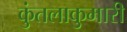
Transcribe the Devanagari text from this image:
कुंतलाकुमारी